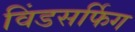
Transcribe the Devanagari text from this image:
विंडसर्फिग